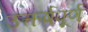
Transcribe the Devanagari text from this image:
उत्कर्षपूर्ण